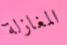
المغازلة